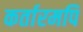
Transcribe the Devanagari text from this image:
कर्तारमपि